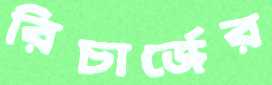
রিচার্জের